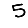
Digit: 5